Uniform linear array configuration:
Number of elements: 48
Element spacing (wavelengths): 1
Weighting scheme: cosine
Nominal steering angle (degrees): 45
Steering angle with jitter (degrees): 45.033
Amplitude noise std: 0.05
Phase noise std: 0.05

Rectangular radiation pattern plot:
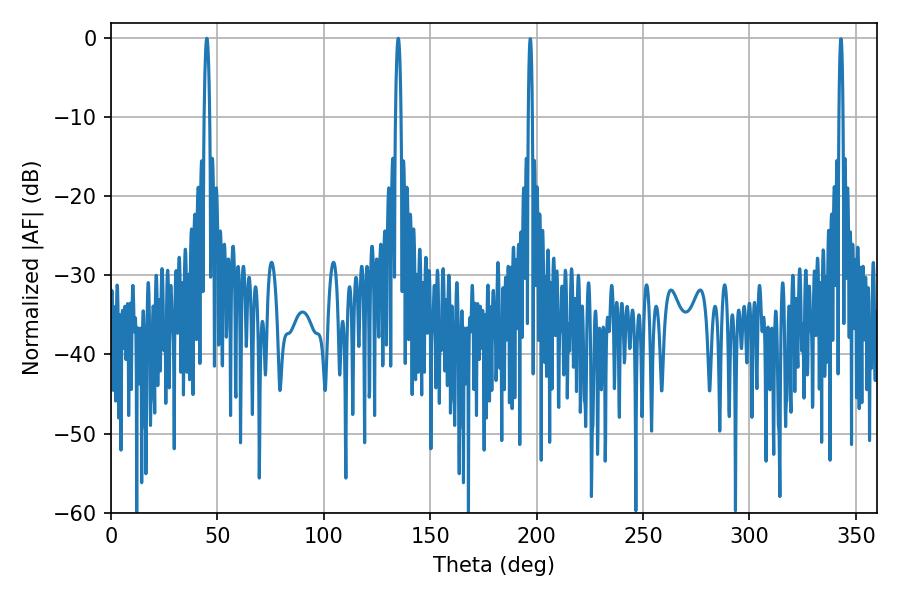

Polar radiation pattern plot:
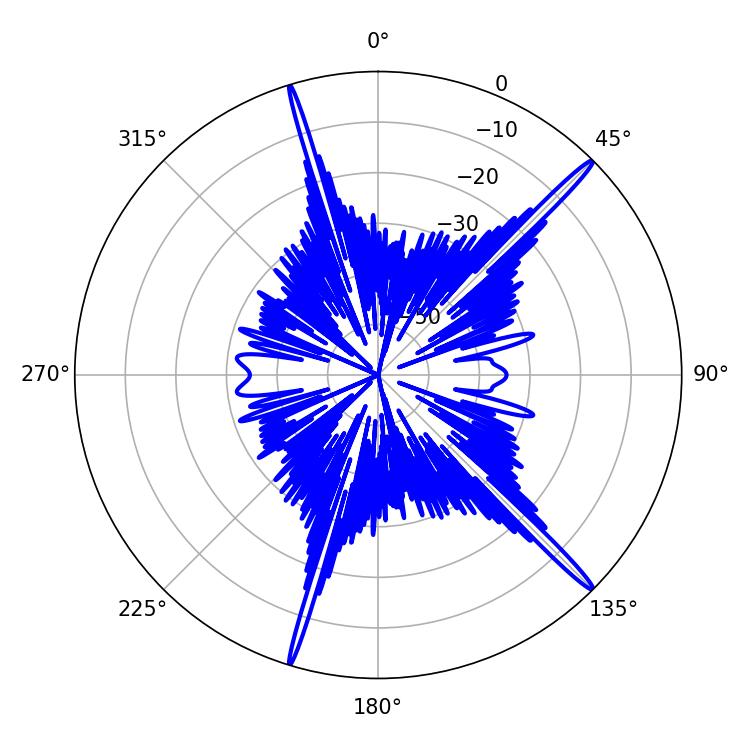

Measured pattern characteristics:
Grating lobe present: TRUE
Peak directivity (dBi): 18.379
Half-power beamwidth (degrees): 1.44
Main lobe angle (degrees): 45